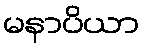
မနာပိယာ